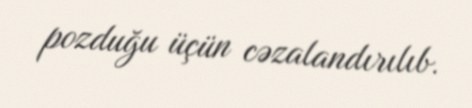
pozduğu üçün cəzalandırılıb.